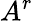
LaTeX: A^{r}